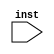
module fetchmod(inst);

input [31:0] inst;

always @(*)
    begin
        if(inst[31:26] == 0) begin
            $display("The instruction is R type"); 
        end
        else if(inst[31:26] == 2) begin
            $display("The instruction is J type");
        end
        else begin
            $display("The instruction is I type"); 
        end
    end

endmodule